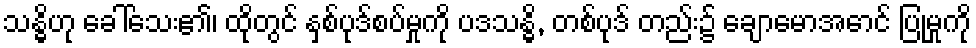
သန္ဓိဟု ခေါ်သေး၏၊ ထိုတွင် နှစ်ပုဒ်စပ်မှုကို ပဒသန္ဓိ, တစ်ပုဒ် တည်း၌ ချောမောအောင် ပြုမှုကို